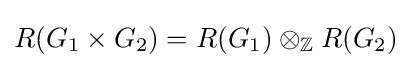
R(G_{1}\times G_{2})=R(G_{1})\otimes _{\mathbb {Z} }R(G_{2})